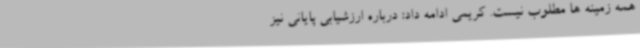
همه زمینه ها مطلوب نیست. کریمی ادامه داد: درباره ارزشیابی پایانی نیز